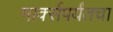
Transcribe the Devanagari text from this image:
मार्क्सपर्यंतचा